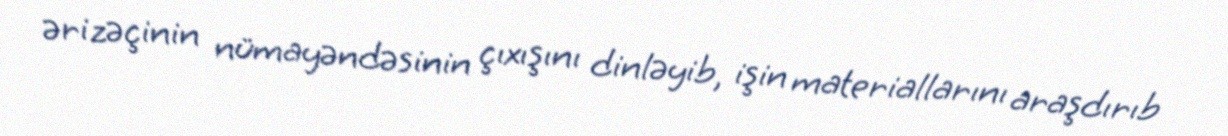
ərizəçinin nümayəndəsinin çıxışını dinləyib, işin materiallarını araşdırıb